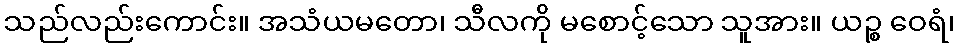
သည်လည်းကောင်း။ အသံယမတော၊ သီလကို မစောင့်သော သူအား။ ယဉ္စ ဝေရံ၊